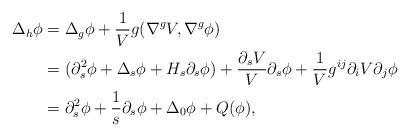
LaTeX: \begin{align*} \Delta_{h}\phi & = \Delta_g\phi + \frac{1}{V}g(\nabla^{g} V,\nabla^{g} \phi) \\ & = (\partial_{s}^2\phi + \Delta_{s} \phi + H_{s}\partial_s \phi) + \frac{\partial_{s}V}{V}\partial_s\phi + \frac{1}{V}g^{ij}\partial_{i}V\partial_{j}\phi \\ & = \partial_{s}^2\phi + \frac{1}{s}\partial_s \phi + \Delta_{0}\phi + Q(\phi),\end{align*}